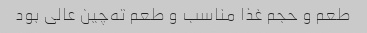
طعم و حجم غذا مناسب و طعم ته‌چین عالی بود